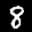
Label: 8